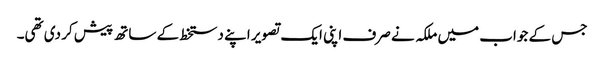
جس کے جواب میں ملکہ نے صرف اپنی ایک تصویر اپنے دستخط کے ساتھ پیش کر دی تھی۔